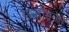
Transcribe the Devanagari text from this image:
एन्तोइनेते